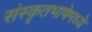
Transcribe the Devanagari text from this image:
संस्कृतभाषेमध्ये